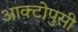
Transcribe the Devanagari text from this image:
आक्टोपुसी